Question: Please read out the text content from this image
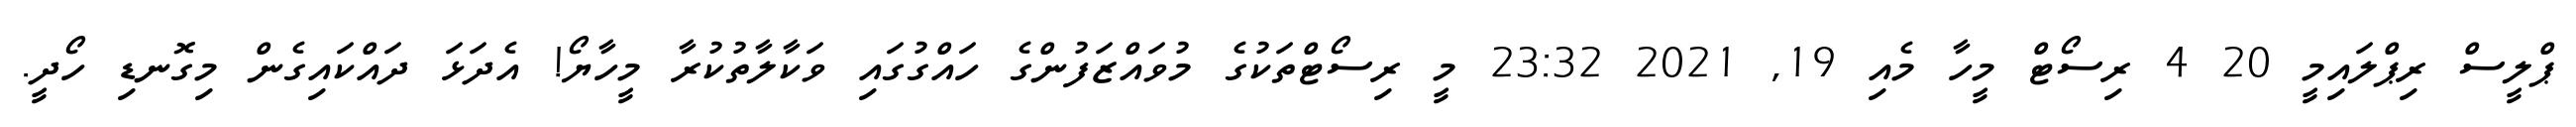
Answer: ޕްލީސް ރިޕްލައިމީ 20 4 ރިސޯޓް މީހާ މެއި 19, 2021 23:32 މީ ރިސޯޓްތަކުގެ މުވައްޒަފުންގެ ހައްގުގައި ވަކާލާތުކުރާ މީހާޔޯ! އެދަޅަ ދައްކައިގެން މިގޮނޑި ހޯދީ.